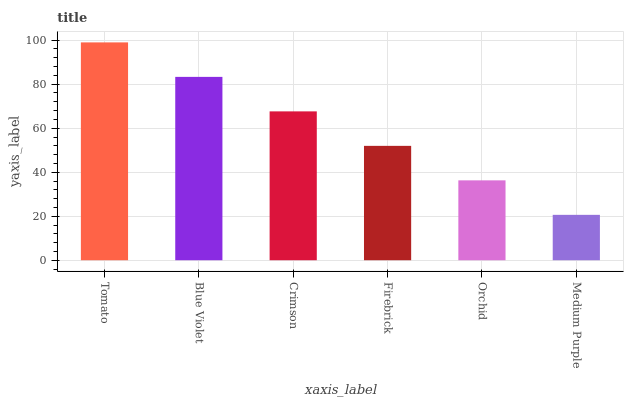
| xaxis_label | bars |
 | --- | --- |
 | Tomato | 99 |
 | Blue Violet | 83.3 |
 | Crimson | 67.7 |
 | Firebrick | 52 |
 | Orchid | 36.3 |
 | Medium Purple | 20.6 |